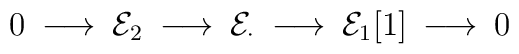
0 \: \longrightarrow \: {\cal E}_2 \: \longrightarrow \:{\cal E}_{\cdot} \: \longrightarrow \:{\cal E}_1[1] \: \longrightarrow \: 0